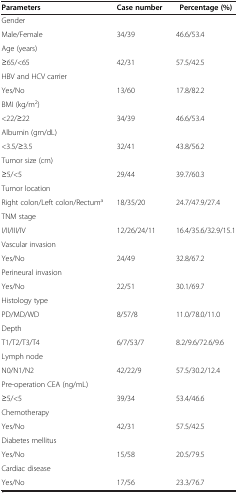
<table><thead><tr><td><b>Parameters</b></td><td><b>Case number</b></td><td><b>Percentage (%)</b></td></tr></thead><tbody><tr><td>Gender</td><td> </td><td> </td></tr><tr><td>Male/Female</td><td>34/39</td><td>46.6/53.4</td></tr><tr><td>Age (years)</td><td> </td><td> </td></tr><tr><td>≥65/&lt;65</td><td>42/31</td><td>57.5/42.5</td></tr><tr><td>HBV and HCV carrier</td><td> </td><td> </td></tr><tr><td>Yes/No</td><td>13/60</td><td>17.8/82.2</td></tr><tr><td>BMI (kg/m<sup>2</sup>)</td><td> </td><td> </td></tr><tr><td>&lt;22/≥22</td><td>34/39</td><td>46.6/53.4</td></tr><tr><td>Albumin (gm/dL)</td><td> </td><td> </td></tr><tr><td>&lt;3.5/≥3.5</td><td>32/41</td><td>43.8/56.2</td></tr><tr><td>Tumor size (cm)</td><td> </td><td> </td></tr><tr><td>≥5/&lt;5</td><td>29/44</td><td>39.7/60.3</td></tr><tr><td>Tumor location</td><td> </td><td> </td></tr><tr><td>Right colon/Left colon/Rectum<sup>a</sup></td><td>18/35/20</td><td>24.7/47.9/27.4</td></tr><tr><td>TNM stage</td><td> </td><td> </td></tr><tr><td>I/II/III/IV</td><td>12/26/24/11</td><td>16.4/35.6/32.9/15.1</td></tr><tr><td>Vascular invasion</td><td> </td><td> </td></tr><tr><td>Yes/No</td><td>24/49</td><td>32.8/67.2</td></tr><tr><td>Perineural invasion</td><td> </td><td> </td></tr><tr><td>Yes/No</td><td>22/51</td><td>30.1/69.7</td></tr><tr><td>Histology type</td><td> </td><td> </td></tr><tr><td>PD/MD/WD</td><td>8/57/8</td><td>11.0/78.0/11.0</td></tr><tr><td>Depth</td><td> </td><td> </td></tr><tr><td>T1/T2/T3/T4</td><td>6/7/53/7</td><td>8.2/9.6/72.6/9.6</td></tr><tr><td>Lymph node</td><td> </td><td> </td></tr><tr><td>N0/N1/N2</td><td>42/22/9</td><td>57.5/30.2/12.4</td></tr><tr><td>Pre-operation CEA (ng/mL)</td><td> </td><td> </td></tr><tr><td>≥5/&lt;5</td><td>39/34</td><td>53.4/46.6</td></tr><tr><td>Chemotherapy</td><td> </td><td> </td></tr><tr><td>Yes/No</td><td>42/31</td><td>57.5/42.5</td></tr><tr><td>Diabetes mellitus</td><td> </td><td> </td></tr><tr><td>Yes/No</td><td>15/58</td><td>20.5/79.5</td></tr><tr><td>Cardiac disease</td><td> </td><td> </td></tr><tr><td>Yes/No</td><td>17/56</td><td>23.3/76.7</td></tr></tbody></table>